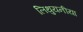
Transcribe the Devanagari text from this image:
लिथुयनीया